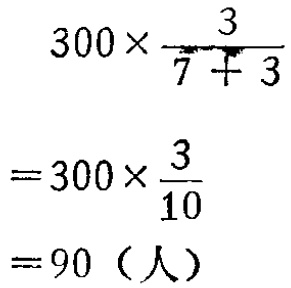
\[
\begin{align*}
&300\times\frac{3}{7 + 3}\\
=&300\times\frac{3}{10}\\
=&90（人）
\end{align*}
\]